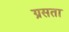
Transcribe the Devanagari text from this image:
ग्रसता